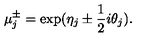
\mu \sp { \pm } _ { j } = \exp ( \eta _ { j } \pm \frac { 1 } { 2 } i \theta _ { j } ) .